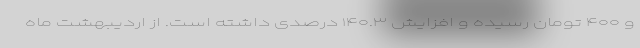
و ۴۰۰ تومان رسیده و افزایش ۱۴۰.۳ درصدی داشته است. از اردیبهشت ماه